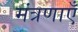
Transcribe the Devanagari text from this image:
मंत्रणाएँ